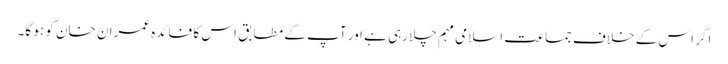
اگر اس کے خلاف جماعت اسلامی مہم چلا رہی ہے اور آپ کے مطابق اس کا فائدہ عمران خان کو ہو گا۔